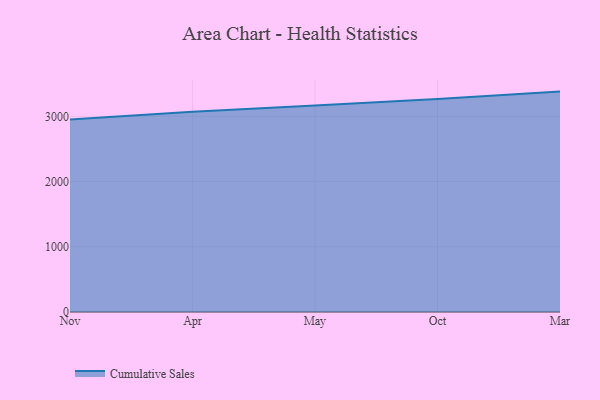
{"axis": {"x": "Month", "y": "Production Output"}, "legend": ["Cumulative Sales"], "data": [{"x": "Nov", "y": 2951.3, "type": "Cumulative Sales"}, {"x": "Apr", "y": 3069.3, "type": "Cumulative Sales"}, {"x": "May", "y": 3164.4, "type": "Cumulative Sales"}, {"x": "Oct", "y": 3265.8, "type": "Cumulative Sales"}, {"x": "Mar", "y": 3378.9, "type": "Cumulative Sales"}]}